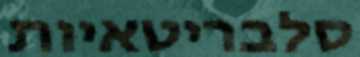
סלבריטאיות